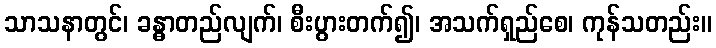
သာသနာတွင်၊ ခန္ဓာတည်လျက်၊ စီးပွားတက်၍၊ အသက်ရှည်စေ၊ ကုန်သတည်း။